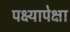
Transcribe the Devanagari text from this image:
पक्ष्यापेक्षा